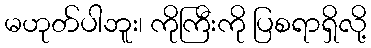
မဟုတ်ပါဘူး၊ ကိုကြီးကို ပြစရာရှိလို့